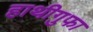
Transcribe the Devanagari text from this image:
हाथीगुफा